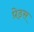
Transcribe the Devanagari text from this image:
प्रेड्स